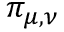
\pi _ { \mu , \nu }